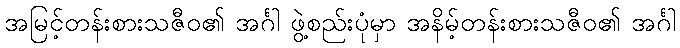
အမြင့်တန်းစားသဇီဝ၏ အင်္ဂါ ဖွဲ့စည်းပုံမှာ အနိမ့်တန်းစားသဇီဝ၏ အင်္ဂါ